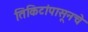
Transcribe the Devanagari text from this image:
तिकिटांपासूनचे